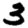
Digit: 3